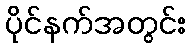
ပိုင်နက်အတွင်း